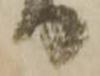
り